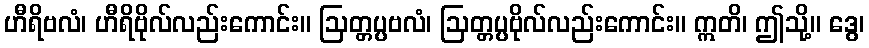
ဟီရိဗလံ၊ ဟီရိဗိုလ်လည်းကောင်း။ ဩတ္တပ္ပဗလံ၊ ဩတ္တပ္ပဗိုလ်လည်းကောင်း။ ဣတိ၊ ဤသို့။ ဒွေ၊